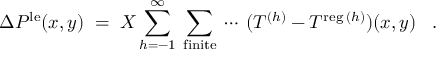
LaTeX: \Delta P ^ { \mathrm { \scriptsize { l e } } } ( x , y ) \; = \; X \sum _ { h = - 1 } ^ { \infty } \: \sum _ { \mathrm { \scriptsize { f i n i t e } } } \: \cdots \: ( T ^ { ( h ) } - T ^ { \mathrm { \scriptsize { r e g } } \: ( h ) } ) ( x , y ) \; \; \; .